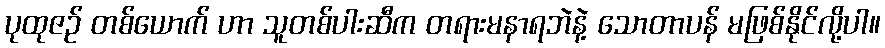
ပုထုဇဉ် တစ်ယောက် ဟာ သူတစ်ပါးဆီက တရားမနာရဘဲနဲ့ သောတာပန် မဖြစ်နိုင်လို့ပါ။